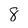
Character: 8